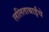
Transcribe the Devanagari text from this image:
ललिताबाईंचे